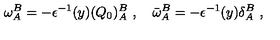
\omega _ { A } ^ { B } = - \epsilon ^ { - 1 } ( y ) ( Q _ { 0 } ) _ { A } ^ { B } \ , \quad \bar { \omega } _ { A } ^ { B } = - \epsilon ^ { - 1 } ( y ) \delta _ { A } ^ { B } \ ,